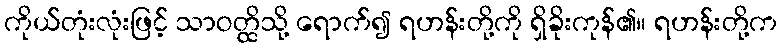
ကိုယ်တုံးလုံးဖြင့် သာဝတ္ထိသို့ ရောက်၍ ရဟန်းတို့ကို ရှိခိုးကုန်၏။ ရဟန်းတို့က